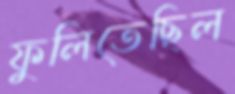
ফুলিতেছিল